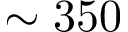
\sim 3 5 0